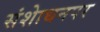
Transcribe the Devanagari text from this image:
संशाेधनपर